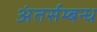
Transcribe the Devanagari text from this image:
अंतर्सम्बन्ध